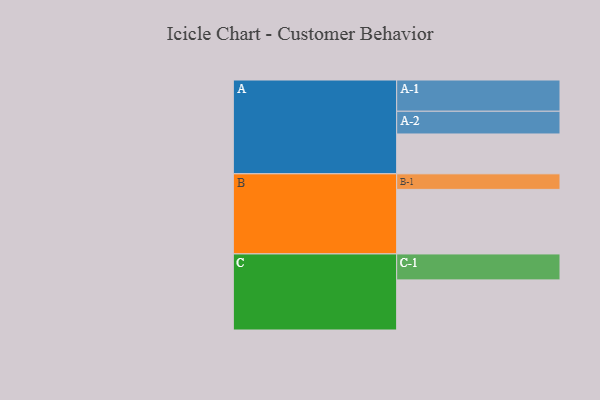
{"axis": {"x": "Segment", "y": "Value"}, "legend": ["", "A", "B", "C"], "data": [{"x": "A", "y": 361, "type": ""}, {"x": "B", "y": 585, "type": ""}, {"x": "C", "y": 454, "type": ""}, {"x": "A-1", "y": 283, "type": "A"}, {"x": "A-2", "y": 206, "type": "A"}, {"x": "B-1", "y": 141, "type": "B"}, {"x": "C-1", "y": 235, "type": "C"}]}